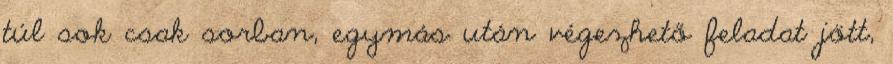
túl sok csak sorban, egymás után végezhető feladat jött,